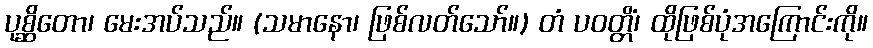
ပုစ္ဆိတော၊ မေးအပ်သည်။ (သမာနော၊ ဖြစ်လတ်သော်။) တံ ပဝတ္တိံ၊ ထိုဖြစ်ပုံအကြောင်းကို။